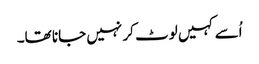
اُسے کہیں لوٹ کر نہیں جانا تھا۔